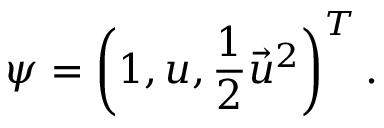
\boldsymbol { \psi } = \left( 1 , \boldsymbol { u } , \frac { 1 } { 2 } { \vec { u } } ^ { 2 } \right) ^ { T } .